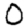
Digit: 0